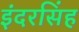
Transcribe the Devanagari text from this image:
इंदरसिंह